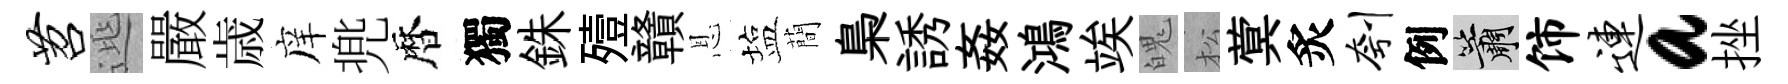
苕𨓱嚴歳庠兠暦獨銖殪贛恩塩蕳梟誘姦鴻竢魄松蓂炙刳例簫饰连a挫